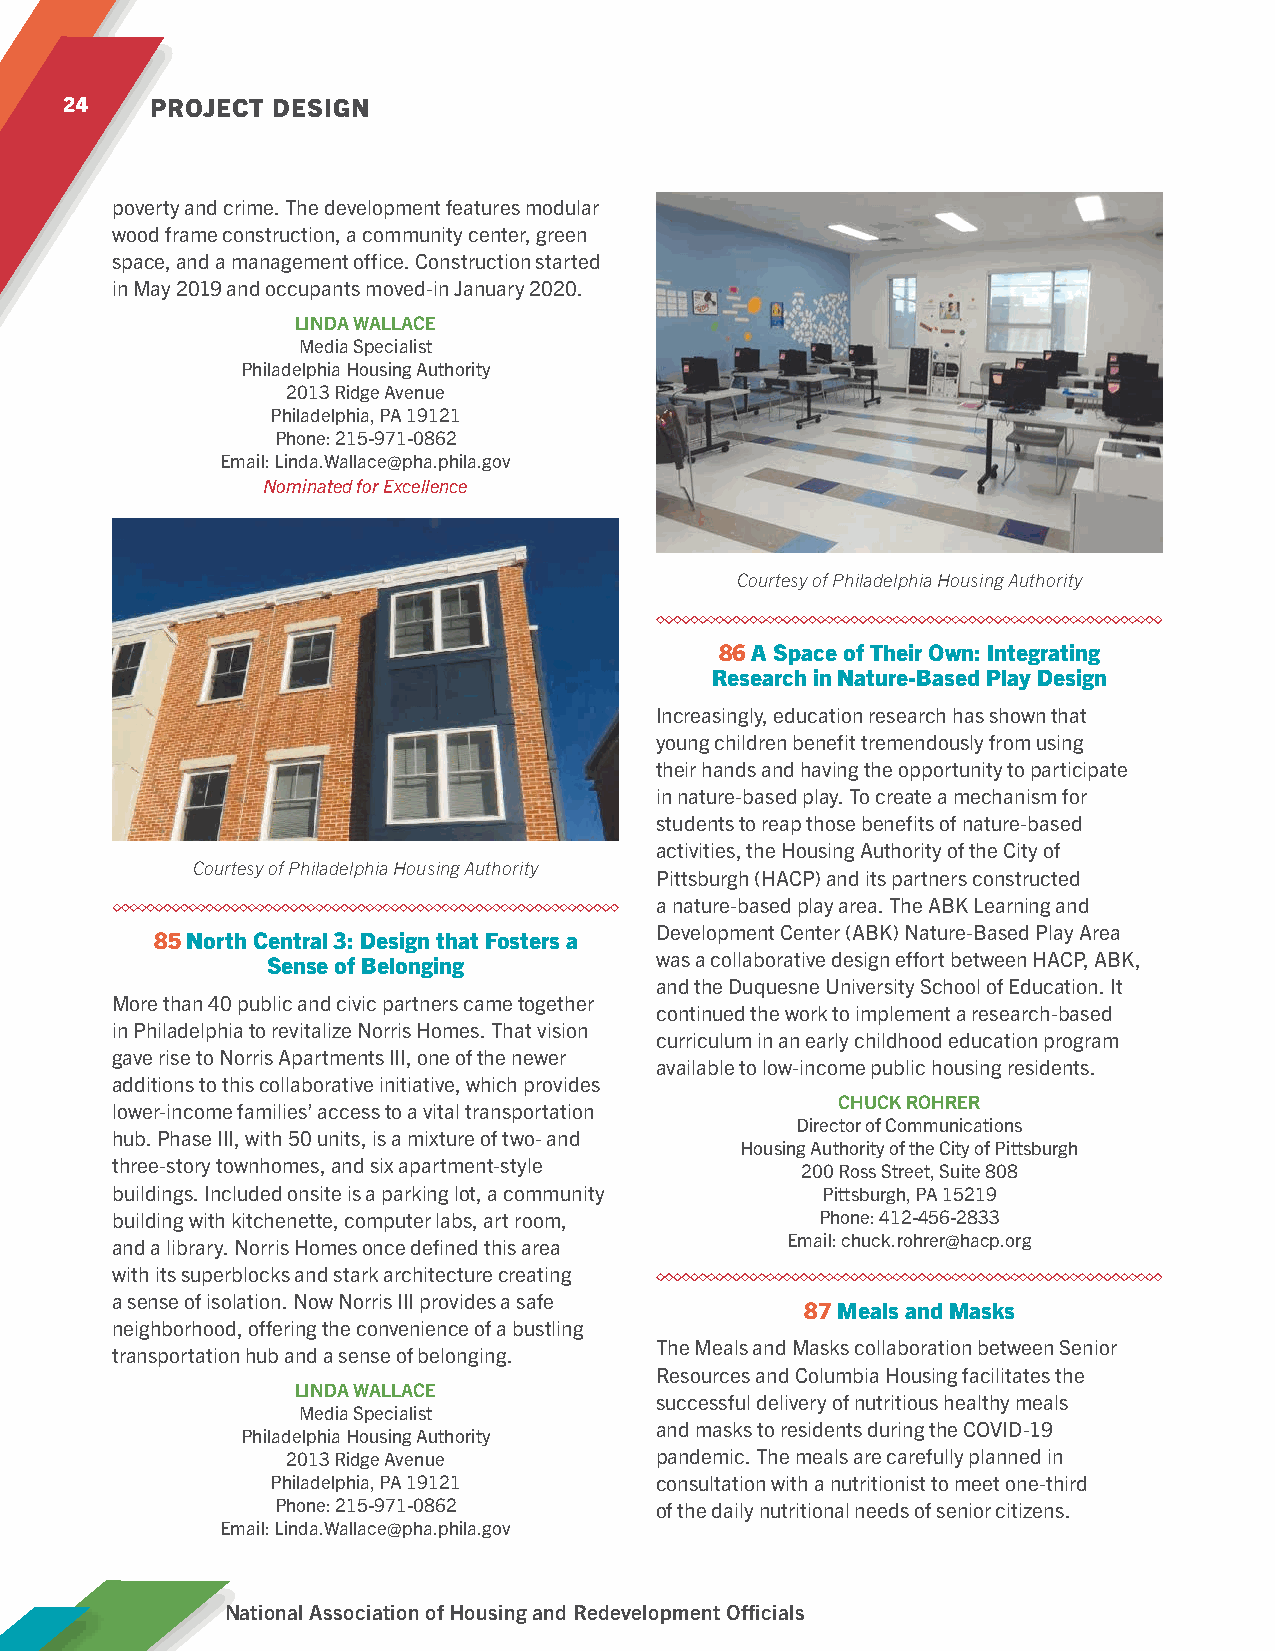
24    PROJECT DESIGN
 poverty and crime. The development features modular
 wood frame construction, a community center, green
 space, and a management office. Construction started
 in May 2019 and occupants moved-in January 2020.
 LINDA WALLACE
 Media Specialist
 Philadelphia Housing Authority
 2013 Ridge Avenue
 Philadelphia, PA 19121
 Phone: 215-971-0862
 Email: Linda.Wallace@pha.phila.gov
 Nominated for Excellence
 Courtesy of Philadelphia Housing Authority
 86 A Space of Their Own: Integrating
 Research in Nature-Based Play Design
 Increasingly, education research has shown that
 young children benefit tremendously from using
 their hands and having the opportunity to participate
 in nature-based play. To create a mechanism for
 students to reap those benefits of nature-based
 activities, the Housing Authority of the City of
 Courtesy of Philadelphia Housing Authority
 Pittsburgh (HACP) and its partners constructed
 a nature-based play area. The ABK Learning and
 Development Center (ABK) Nature-Based Play Area
 85 North Central 3: Design that Fosters a
 Sense of Belonging       was a collaborative design effort between HACP, ABK,
 and the Duquesne University School of Education. It
 More than 40 public and civic partners came together
 continued the work to implement a research-based
 in Philadelphia to revitalize Norris Homes. That vision
 curriculum in an early childhood education program
 gave rise to Norris Apartments III, one of the newer
 available to low-income public housing residents.
 additions to this collaborative initiative, which provides
 CHUCK ROHRER
 lower-income families’ access to a vital transportation
 Director of Communications
 hub. Phase III, with 50 units, is a mixture of two- and
 Housing Authority of the City of Pittsburgh
 three-story townhomes, and six apartment-style
 200 Ross Street, Suite 808
 buildings. Included onsite is a parking lot, a community Pittsburgh, PA 15219
 building with kitchenette, computer labs, art room, Phone: 412-456-2833
 and a library. Norris Homes once defined this area Email: chuck.rohrer@hacp.org
 with its superblocks and stark architecture creating
 a sense of isolation. Now Norris III provides a safe
 87 Meals and Masks
 neighborhood, offering the convenience of a bustling
 The Meals and Masks collaboration between Senior
 transportation hub and a sense of belonging.
 Resources and Columbia Housing facilitates the
 LINDA WALLACE
 successful delivery of nutritious healthy meals
 Media Specialist
 and masks to residents during the COVID-19
 Philadelphia Housing Authority
 2013 Ridge Avenue       pandemic. The meals are carefully planned in
 Philadelphia, PA 19121   consultation with a nutritionist to meet one-third
 Phone: 215-971-0862      of the daily nutritional needs of senior citizens.
 Email: Linda.Wallace@pha.phila.gov
 National Association of Housing and Redevelopment Officials